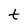
Character: t